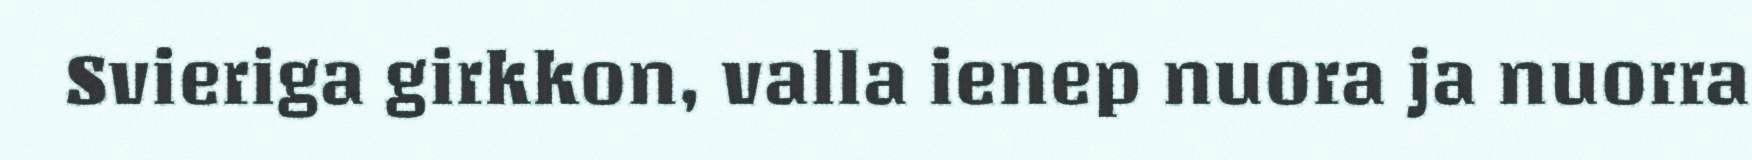
Svieriga girkkon, valla ienep nuora ja nuorra